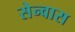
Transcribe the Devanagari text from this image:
सेन्वास